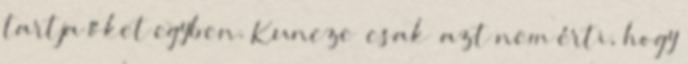
tartja őket egyben. Kuncze „csak” azt nem érti, hogy